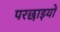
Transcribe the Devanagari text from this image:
परछाइयों